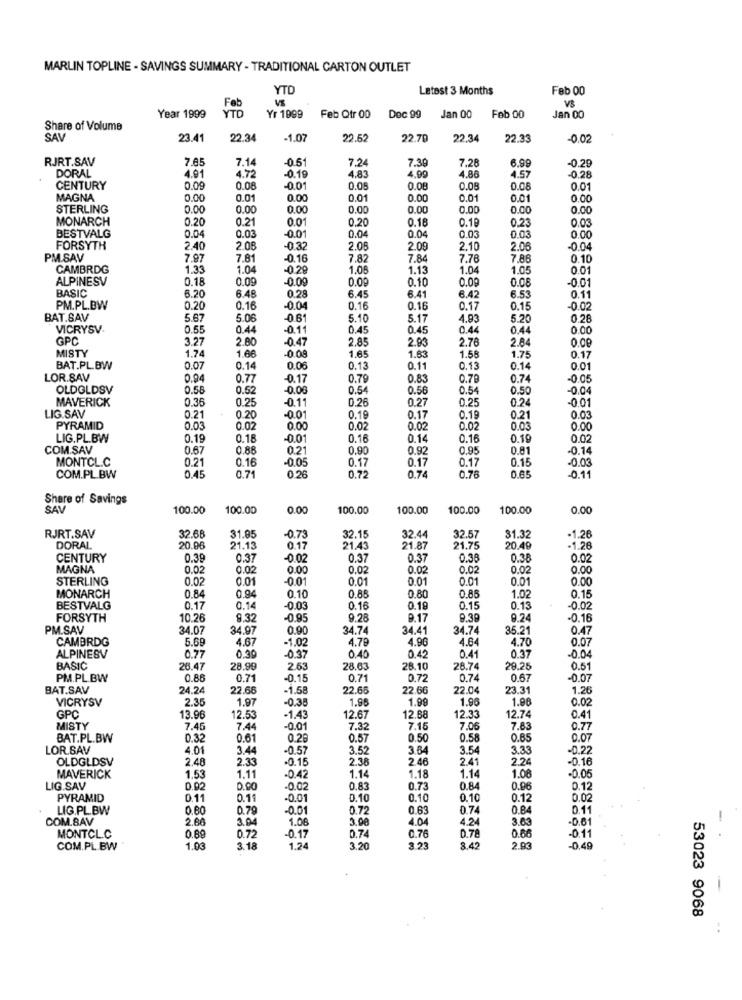
MARLIN TOPLINE - SAVINGS SUMMARY - TRADITIONAL CARTON OUTLET
YTD
Latest 3 Months
Feb 00
YT
Feb
Year 1999
Yr 1999
Feb Qtr 00
Dec 99
Jan 00
Feb 00
Jan 00
Share of Volume
SAV
23.41
22.34
-1.07
22.52
22.70
22.34
22.33
-0.02
RJRT.SAV
7.85
7.14
-0.5
7.24
7.30
7.28
6.99
-0.29
4.91
4.72
-0.19
4.83
4.90
4.86
4.57
-0.28
DORAL
CENTURY
0.09
0.08
-0.01
0.05
0.00
0.08
0.00
0.01
MAGNA
0.00
0.01
0.00
0.01
0.00
0.01
0.01
0.00
STERLING
0.00
0.00
0.00
0.00
0.00
0.00
0.00
0.00
MONARCH
0.20
0.21
0.20
0.18
0.01
0.04
0.04
0.19
0.23
0.03
BESTVALG
0.04
0.03
-0.0
0.03
0.03
0.00
FORSYTH
2.40
2.08
-0.3
2.05
2.09
2.10
2.06
0.04
PM.SAV
7.97
7.81
-0.16
7.82
7.84
7.78
7.88
0.10
CAMBRDG
1.33
1.04
-0.2
1.05
1.13
1.04
1.05
0.01
ALPINESV
0.18
0.09
-0.09
0.00
0.10
0.09
0.08
-0.01
BASIC
6.20
6.48
0.28
6.45
6.41
6.42
6.53
0.11
PM.PL.BW
0.20
0.16
-0.04
0.16
0.16
0.17
0.15
-0.02
BAT.SAV
5.67
5.06
-0.61
5.10
5.17
4.93
5.20
0.28
VICRYSV
0.55
0.44
-0.1
0.45
0.45
0.44
0.44
0.00
GPC
3.27
2.80
-0.47
2.85
2.93
2.78
2.84
0.00
MISTY
1.65
1.74
1.66
1.63
1.58
1.75
0.17
BAT.PL.BW
0.07
0.14
0.06
0.13
0.11
0.13
0.14
0.01
LOR.SAV
0.94
0.77
-0.17
0.79
0.83
0.79
0.74
-0.05
OLDOLDSV
0.58
0.52
-0.00
0.5.
0.56
0.54
0.50
-0.04
MAVERICK
0.35
0.25
-0.1
0.26
0.27
0.25
0.24
-0.01
LIG.SAV
0.21
0.20
-0.01
0.19
0.17
0.19
0.21
0.03
PYRAMID
0.03
0.0
0.00
0.02
0.02
0.02
0.03
0.00
LIG.PL.BW
0.19
0.18
-0.01
0.16
0.14
0.16
0.19
0.02
COM.SAV
0.67
0.88
0.21
0.90
0.9
0.95
0.81
-0.14
MONTCL.C
0.21
0.16
-0.05
0.17
0.17
0.17
0.15
-0.03
0.72
0.78
COM.PL.BW
0.45
0.71
0.26
0.74
-0.1
Share of Savings
SAV
100.00
100.00
0.00
100.00
100.00
100.00
100.00
0.00
32.57
RJRT.SAV
32.68
31.85
-0.73
32.15
32.4
31.32
-1.26
DORAL
20.96
21.13
0.17
21.43
21.87
21.75
20.49
-1.28
CENTURY
0.39
0.37
-0.02
0.37
0.37
0.3.
0.35
0.02
MAGNA
0.02
0.02
0.00
0.02
0.02
0.02
0.02
0.00
STERLING
0.02
0.01
-0.01
0.01
0.01
0.01
0.01
0.00
MONARCH
0.84
0.94
0.10
0.88
0.80
0.86
1.02
0.15
BESTVALG
0.17
0.14
0.03
0.16
0.19
0.15
0.13
-0.02
FORSYTH
10.26
9.32
-0.95
9.28
8.17
9.38
9.24
-0.16
PM.SAV
34.0
34.97
0.90
34.74
34.41
34.74
35.21
0.47
CAMBRDG
5.69
4.67
-1.02
4.79
4.96
4.64
4.70
0.07
ALPINESV
0.77
0.30
-0.37
0.42
0.41
0.37
-0.04
BASIC
26.47
28.99
2.63
28.63
28.10
28.7
28.25
0.51
PM.PL.BW
0.86
0.71
-0.15
0.71
0.72
0.74
0.67
-0.07
BAT.SAV
24.2
22.66
-1.58
22.65
22.66
22.04
23.31
1.26
VICRYSV
2.35
1.97
-0.38
1.96
1.99
1.96
1.96
0.02
GPC
13.96
12.53
-1.43
12.67
12.68
12.33
12.74
0.41
MISTY
7.46
7.44
-0.01
7.32
7.15
7.06
7.8
0.77
BAT.PL.BW
0.32
0.61
0.29
0.57
0.50
0.58
0.65
0.07
LOR.SAV
4.01
3.44
-0.57
3.52
3.64
3.54
3.3
-0.22
OLDGLDSV
2.48
2.33
-0.15
2.38
2.46
2.41
2.24
-0.16
-0.05
MAVERICK
1,53
1.11
-0.4
1.14
1.18
1.14
1.08
LIG.SAV
0.92
.0.0
0.83
0.73
0.84
0.96
0.12
PYRAMID
0.11
0.11
-0.01
0.10
0.10
0.10
0.12
0.02
LIG.PL.BW
0.80
0.79
-0.01
0.72
0.63
0.74
0.84
0.11
COM.SAV
2.60
3.04
1.06
3.0€
4.04
4.24
3.63
-0.61
-
0.72
0.7
D.78
0.66
MONTCLC
0.89
-0.17
0.76
-0.11
COM.PL.BW
1.0€
3. 18
1.24
3.20
3.23
8.42
2.00
-0.49
53023 9068